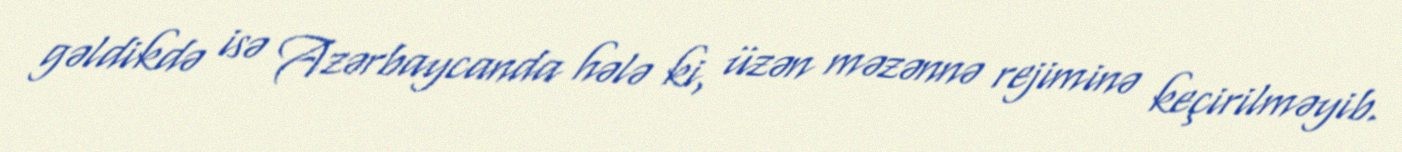
gəldikdə isə Azərbaycanda hələ ki, üzən məzənnə rejiminə keçirilməyib.